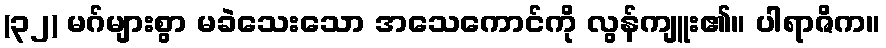
(၃၂) မဂ်များစွာ မခဲသေးသော အသေကောင်ကို လွန်ကျူး၏။ ပါရာဇိက။